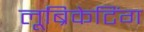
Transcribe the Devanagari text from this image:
लूब्रिकेटिंग